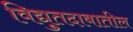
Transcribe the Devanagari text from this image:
विद्युतदाबातील